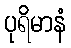
ပုရိမာနံ